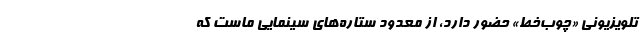
تلویزیونی «چوب‌خط» حضور دارد، از معدود ستاره‌های سینمایی ماست که